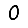
Digit: 0